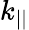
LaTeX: k_{||}